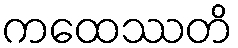
ကထေဿတိ